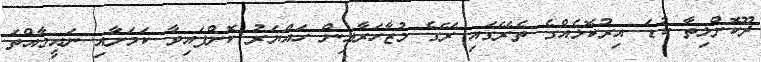
ދޫކޮށްލިތާ ކުޑަ އިރުކޮޅެއްގެ ތެރޭގައި ރޭގެ މުޒާހަރާއިން ހައްޔަރު ކޮށްފައިވާ ކަމަށާއި ނައީމާއްތަ